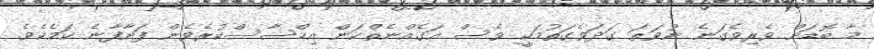
މާ ބޮޑަށް ވެރިވެގަނެ ނުވަތަ ގަދަވެގަތުމަކީ ވެސް އަގެއްނެތްކަން އިހްސާސްކުރެވެން ފަށާފާނެ ކަމެކެވެ.